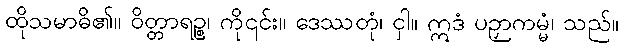
ထိုသမာဓိ၏။ ဝိတ္တာရဉ္စ၊ ကို၎င်း။ ဒေဿတုံ၊ ငှါ။ ဣဒံ ပဉှာကမ္မံ၊ သည်။